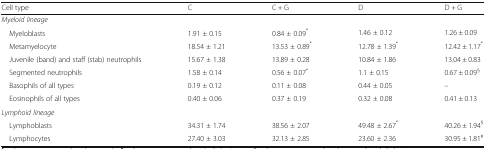
<table><thead><tr><td><b>Cell type</b></td><td><b>C</b></td><td><b>C + G</b></td><td><b>D</b></td><td><b>D + G</b></td></tr></thead><tbody><tr><td colspan="5"><i>Myeloid lineage</i></td></tr><tr><td> Myeloblasts</td><td>1.91 ± 0.15</td><td>0.84 ± 0.09<sup>*</sup></td><td>1.46 ± 0.12</td><td>1.26 ± 0.09</td></tr><tr><td> Metamyelocyte</td><td>18.54 ± 1.21</td><td>13.53 ± 0.89<sup>*</sup></td><td>12.78 ± 1.39<sup>*</sup></td><td>12.42 ± 1.17<sup>*</sup></td></tr><tr><td> Juvenile (band) and staff (stab) neutrophils</td><td>15.67 ± 1.38</td><td>13.89 ± 0.28</td><td>10.84 ± 1.86</td><td>13.04 ± 0.83</td></tr><tr><td> Segmented neutrophils</td><td>1.58 ± 0.14</td><td>0.56 ± 0.07<sup>*</sup></td><td>1.1 ± 0.15</td><td>0.67 ± 0.09<sup>§</sup></td></tr><tr><td> Basophils of all types</td><td>0.19 ± 0.12</td><td>0.11 ± 0.08</td><td>0.44 ± 0.05</td><td>–</td></tr><tr><td> Eosinophils of all types</td><td>0.40 ± 0.06</td><td>0.37 ± 0.19</td><td>0.32 ± 0.08</td><td>0.41 ± 0.13</td></tr><tr><td colspan="5"><i>Lymphoid lineage</i></td></tr><tr><td> Lymphoblasts</td><td>34.31 ± 1.74</td><td>38.56 ± 2.07</td><td>49.48 ± 2.67<sup>*</sup></td><td>40.26 ± 1.94<sup>§</sup></td></tr><tr><td> Lymphocytes</td><td>27.40 ± 3.03</td><td>32.13 ± 2.85</td><td>23.60 ± 2.36</td><td>30.95 ± 1.81<sup>#</sup></td></tr></tbody></table>